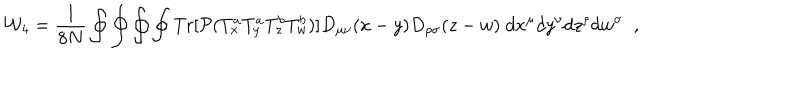
{ \cal W } _ { 4 } = { \frac { 1 } { 8 N } } \oint \oint \oint \oint \mathrm { T r } [ { \cal P } ( T _ { x } ^ { a } T _ { y } ^ { a } T _ { z } ^ { b } T _ { w } ^ { b } ) ] D _ { \mu \nu } ( x - y ) D _ { \rho \sigma } ( z - w ) \; d x ^ { \mu } d y ^ { \nu } d z ^ { \rho } d w ^ { \sigma } \; \; ,